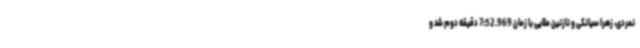
نمردی، زهرا سیانکی و نازنین ملایی با زمان 7:52.969 دقیقه دوم شد و